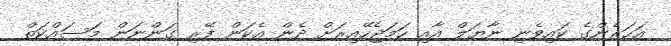
އަހަރެންގެ ކައިވެނި ނާޔަލް އާއި ހަމަޖެހޭއިރަށް ދެން އެކަން ފޭރި ގަންނަން މަސައްކަތް